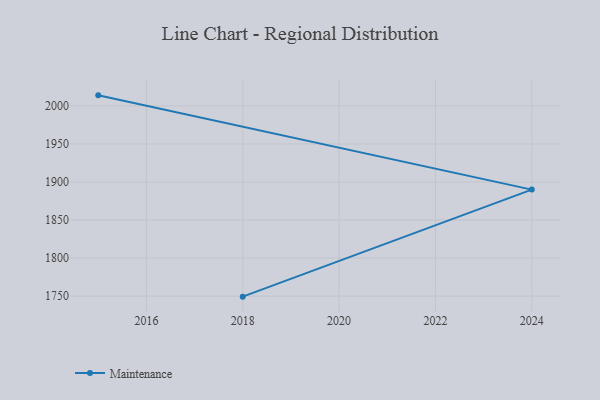
{"axis": {"x": "Year", "y": "Temperature (°C)"}, "legend": ["Maintenance"], "data": [{"x": "2015", "y": 2013.9, "type": "Maintenance"}, {"x": "2024", "y": 1890.0, "type": "Maintenance"}, {"x": "2018", "y": 1749.3, "type": "Maintenance"}]}